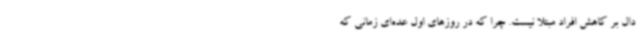
دال بر کاهش افراد مبتلا نیست. چرا که در روزهای اول عده‌ای زمانی که